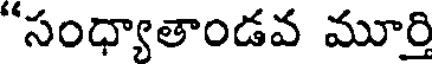
"సంధ్యాతాండవ మూర్తి